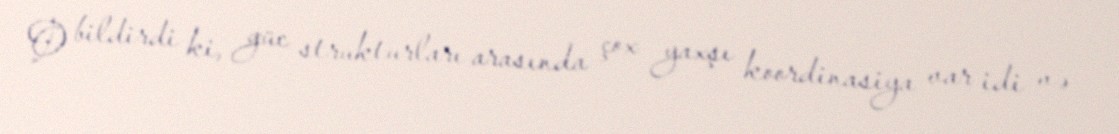
O bildirdi ki, güc strukturları arasında çox yaxşı koordinasiya var idi və